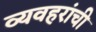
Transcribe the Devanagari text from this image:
व्यवहरांची